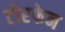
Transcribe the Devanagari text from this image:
टोरफेन